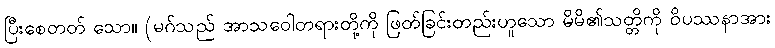
ပြီးစေတတ် သော။ (မဂ်သည် အာသဝေါတရားတို့ကို ဖြတ်ခြင်းတည်းဟူသော မိမိ၏သတ္တိကို ဝိပဿနာအား